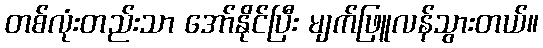
တစ်လုံးတည်းသာ အော်နိုင်ပြီး မျက်ဖြူလန်သွားတယ်။